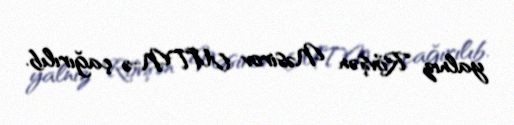
yalnız Rövşən Nəsirov MTN-ə çağırılıb.